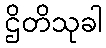
ဌိတိသုခါ